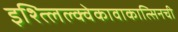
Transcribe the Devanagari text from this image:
इश्त्लिल्क्वेकावाकात्सिनची